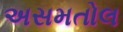
અસમતોલ